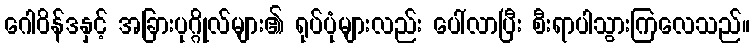
ဂေါဝိန်ဒနှင့် အခြားပုဂ္ဂိုလ်များ၏ ရုပ်ပုံများလည်း ပေါ်လာပြီး စီးရာပါသွားကြလေသည်။